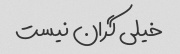
خیلی گران نیست